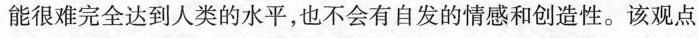
能很难完全达到人类的水平，也不会有自发的情感和创造性。该观点